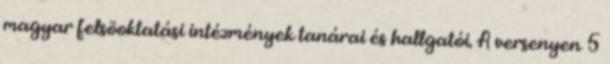
magyar felsõoktatási intézmények tanárai és hallgatói. A versenyen 5